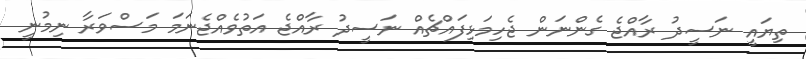
ތިޔައީ ނަސީދު ރާއްޖެ ގެންނަން ޖެހިމަޅިފައްޗެއް ނަސީދު ރާއްޖެ އަތުވެއްޖެނަމަ މަސްވަރާ ނިމުނީ